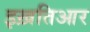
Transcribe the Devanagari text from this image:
इख़तिआर